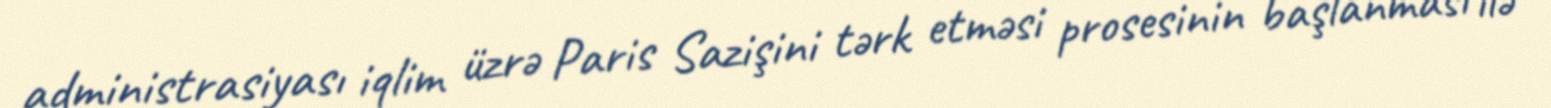
administrasiyası iqlim üzrə Paris Sazişini tərk etməsi prosesinin başlanması ilə